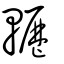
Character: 轣